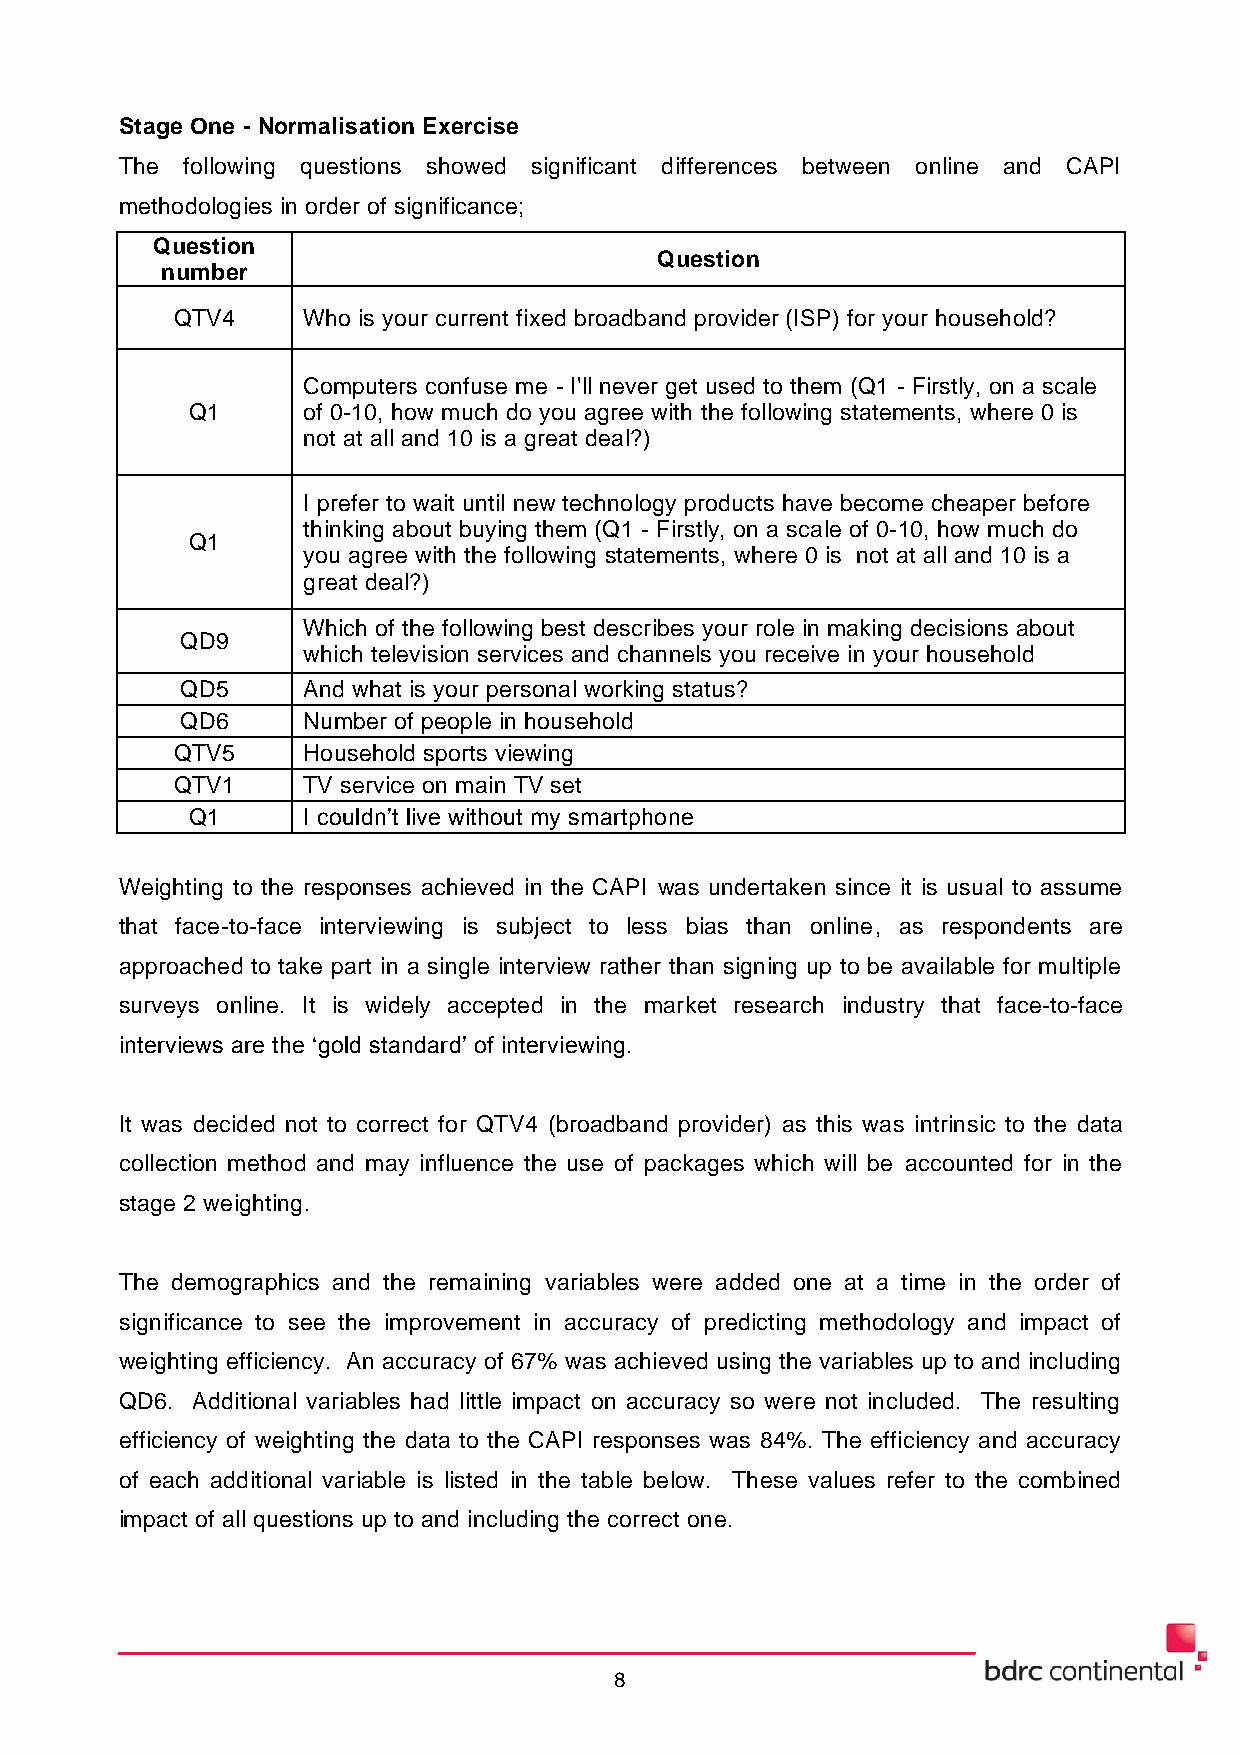
Stage One - Normalisation Exercise
 The following questions showed significant differences between online and CAPI
 methodologies in order of significance;
 Question
 Question
 number
 QTV4    Who is your current fixed broadband provider (ISP) for your household?
 Computers confuse me - I'll never get used to them (Q1 - Firstly, on a scale
 Q1      of 0-10, how much do you agree with the following statements, where 0 is
 not at all and 10 is a great deal?)
 I prefer to wait until new technology products have become cheaper before
 thinking about buying them (Q1 - Firstly, on a scale of 0-10, how much do
 Q1
 you agree with the following statements, where 0 is not at all and 10 is a
 great deal?)
 Which of the following best describes your role in making decisions about
 QD9
 which television services and channels you receive in your household
 QD5     And what is your personal working status?
 QD6     Number of people in household
 QTV5    Household sports viewing
 QTV1    TV service on main TV set
 Q1      I couldn’t live without my smartphone
 Weighting to the responses achieved in the CAPI was undertaken since it is usual to assume
 that face-to-face interviewing is subject to less bias than online, as respondents are
 approached to take part in a single interview rather than signing up to be available for multiple
 surveys online. It is widely accepted in the market research industry that face-to-face
 interviews are the ‘gold standard’ of interviewing.
 It was decided not to correct for QTV4 (broadband provider) as this was intrinsic to the data
 collection method and may influence the use of packages which will be accounted for in the
 stage 2 weighting.
 The demographics and the remaining variables were added one at a time in the order of
 significance to see the improvement in accuracy of predicting methodology and impact of
 weighting efficiency. An accuracy of 67% was achieved using the variables up to and including
 QD6. Additional variables had little impact on accuracy so were not included. The resulting
 efficiency of weighting the data to the CAPI responses was 84%. The efficiency and accuracy
 of each additional variable is listed in the table below. These values refer to the combined
 impact of all questions up to and including the correct one.
 8